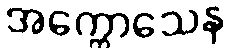
အက္ကောသေန